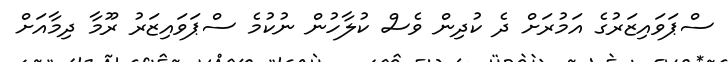
ސްޕަވައިޒަރުގެ އަމުރަށް ދެ ކުދިން ވެސް ކުލާހުން ނުކުމެ ސްޕަވައިޒަރު ރޫމާ ދިމާއަށް